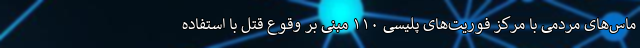
ماس‌های مردمی با مرکز فوریت‌های پلیسی ۱۱۰ مبنی بر وقوع قتل با استفاده